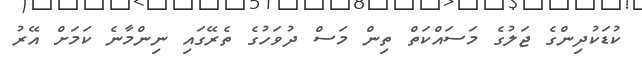
ކުޑަކުދިންގެ ޖަލުގެ މަސައްކަތް ތިން މަސް ދުވަހުގެ ތެރޭގައި ނިންމާނެ ކަމަށް އޭރު